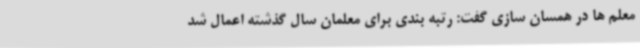
معلم ها در همسان سازی گفت: رتبه بندی برای معلمان سال گذشته اعمال شد